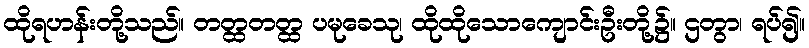
ထိုရဟန်းတို့သည်။ တတ္ထတတ္ထ ပမုခေသု၊ ထိုထိုသောကျောင်းဦးတို့၌။ ဌတွာ၊ ရပ်၍။